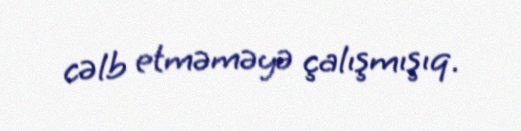
cəlb etməməyə çalışmışıq.